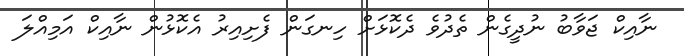
ނާއިކް ޖަވާބު ނުދީގެން ތެދުވެ ދެކޮޅަށް ހިނގަން ފެށިއިރު އެކޮޅުން ނާއިކް އަމިއްލަ